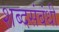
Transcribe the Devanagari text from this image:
शब्दसंबंधी